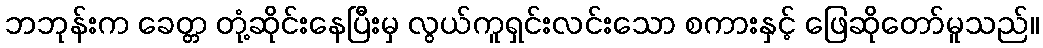
ဘဘုန်းက ခေတ္တ တုံ့ဆိုင်းနေပြီးမှ လွယ်ကူရှင်းလင်းသော စကားနှင့် ဖြေဆိုတော်မူသည်။